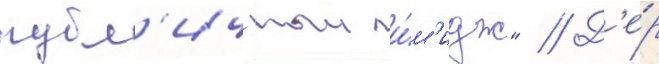
публ'ичныи и́м'идж" // Д'е́р